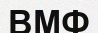
ВМФ